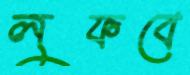
লুফবে